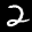
Label: 2